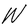
Character: W